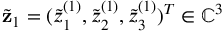
\widetilde { \mathbf z } _ { 1 } = ( \widetilde { z } _ { 1 } ^ { ( 1 ) } , \widetilde { z } _ { 2 } ^ { ( 1 ) } , \widetilde { z } _ { 3 } ^ { ( 1 ) } ) ^ { T } \in \mathbb { C } ^ { 3 }